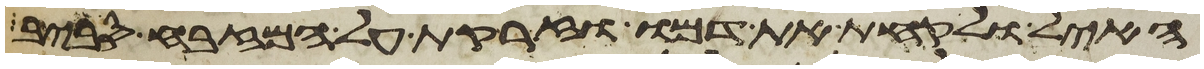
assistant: האיל ולקחת את דמו וזרקת על המזבח סביב